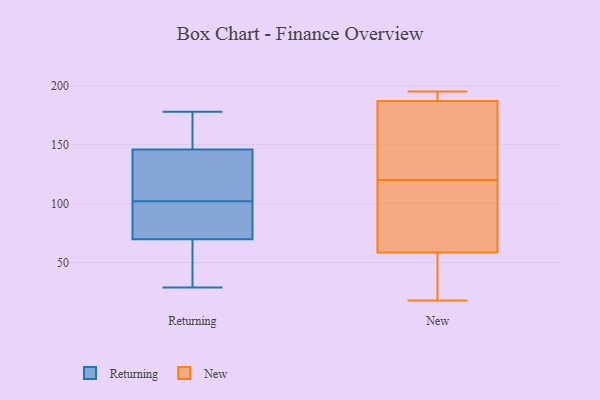
{"axis": {"x": "Gross Profit (USD K)", "y": "Value"}, "legend": ["New", "Returning"], "data": [{"x": "", "y": 78, "type": "Returning"}, {"x": "", "y": 52, "type": "Returning"}, {"x": "", "y": 103, "type": "Returning"}, {"x": "", "y": 166, "type": "Returning"}, {"x": "", "y": 102, "type": "Returning"}, {"x": "", "y": 168, "type": "Returning"}, {"x": "", "y": 82, "type": "Returning"}, {"x": "", "y": 161, "type": "Returning"}, {"x": "", "y": 150, "type": "Returning"}, {"x": "", "y": 67, "type": "Returning"}, {"x": "", "y": 81, "type": "Returning"}, {"x": "", "y": 39, "type": "Returning"}, {"x": "", "y": 30, "type": "Returning"}, {"x": "", "y": 178, "type": "Returning"}, {"x": "", "y": 124, "type": "Returning"}, {"x": "", "y": 29, "type": "Returning"}, {"x": "", "y": 93, "type": "Returning"}, {"x": "", "y": 107, "type": "Returning"}, {"x": "", "y": 134, "type": "Returning"}, {"x": "", "y": 191, "type": "New"}, {"x": "", "y": 195, "type": "New"}, {"x": "", "y": 187, "type": "New"}, {"x": "", "y": 111, "type": "New"}, {"x": "", "y": 67, "type": "New"}, {"x": "", "y": 187, "type": "New"}, {"x": "", "y": 187, "type": "New"}, {"x": "", "y": 64, "type": "New"}, {"x": "", "y": 38, "type": "New"}, {"x": "", "y": 42, "type": "New"}, {"x": "", "y": 120, "type": "New"}, {"x": "", "y": 167, "type": "New"}, {"x": "", "y": 18, "type": "New"}]}